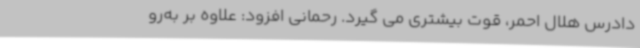
دادرس هلال احمر، قوت بیشتری می گیرد. رحمانی افزود: علاوه بر به‌رو